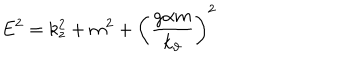
E ^ { 2 } = k _ { z } ^ { 2 } + m ^ { 2 } + \left( \frac { g \alpha m } { k _ { \vartheta } } \right) ^ { 2 }